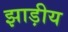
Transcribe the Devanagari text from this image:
झाड़ीय